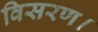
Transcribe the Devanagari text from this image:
विसरण।